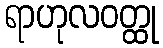
ရာဟုလဝတ္ထု